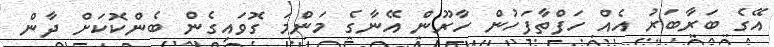
އޭގެ ބަރާބަރު އެއް ހަފްތާފަހުން ހާރޫން އޭނާގެ މަންމަ ގޮވައިގެން ބެންކޮކަށް ދާން